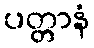
ပတ္တာနံ